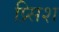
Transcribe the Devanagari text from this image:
प्र्सिश